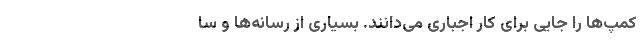
کمپ‌ها‌ را جایی برای کار اجباری می‌دانند. بسیاری از رسانه‌ها و سا